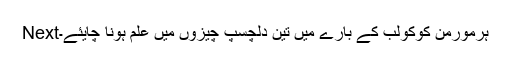
Nextہرمورمن کوکولب کے بارے میں تین دلچسپ چیزوں میں علم ہونا چایئے۔